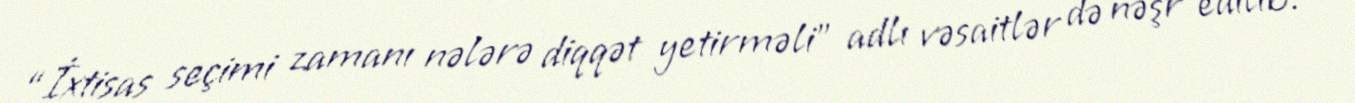
“İxtisas seçimi zamanı nələrə diqqət yetirməli” adlı vəsaitlər də nəşr edilib.